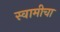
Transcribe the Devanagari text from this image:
स्वामीचा